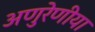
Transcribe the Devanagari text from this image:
अणुरेणीया